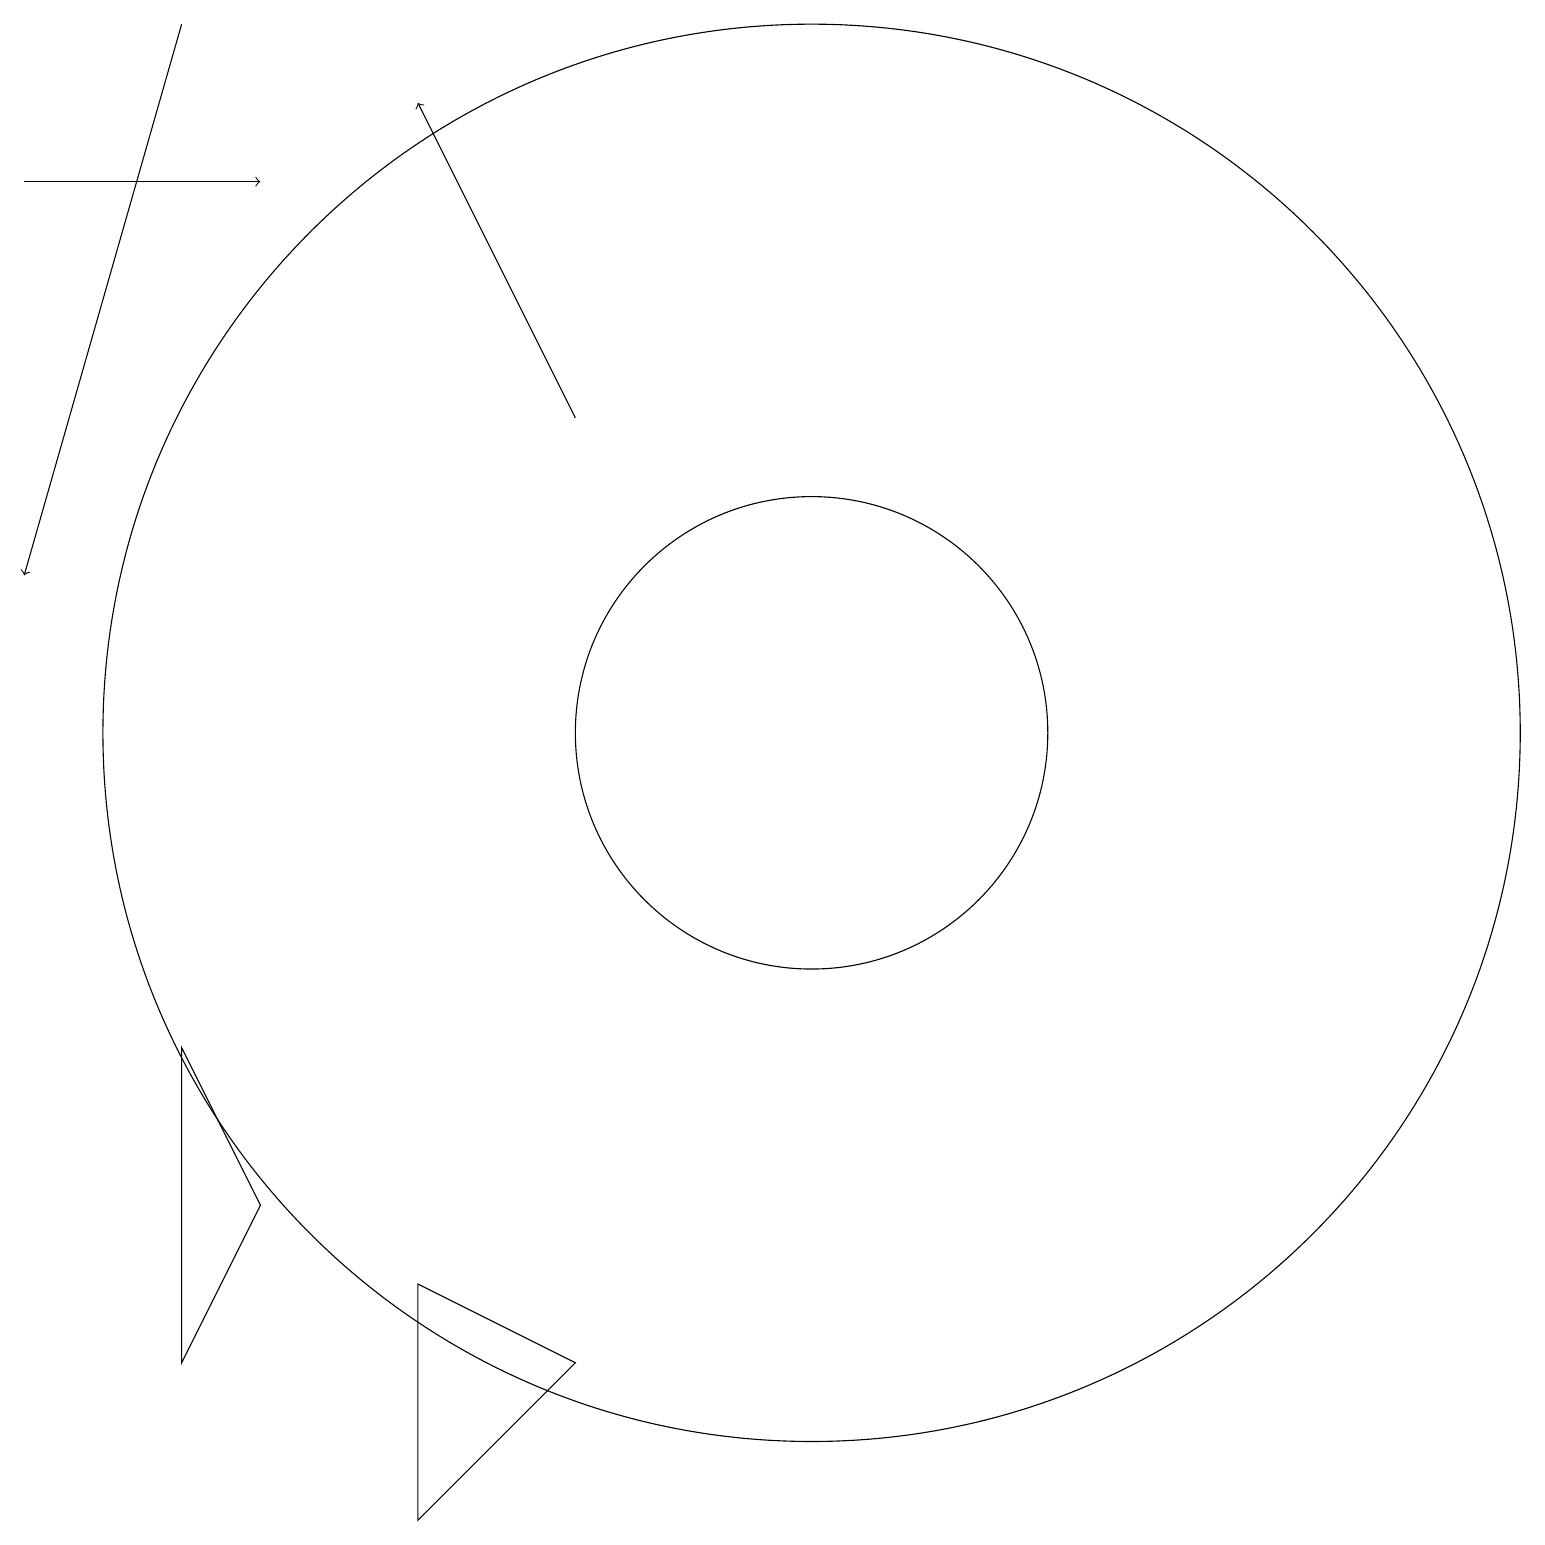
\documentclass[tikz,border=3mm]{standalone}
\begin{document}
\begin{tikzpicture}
\draw (10,10) circle (9);
\draw (3,4) -- (2,2) -- (2,6) -- cycle;
\draw[->] (0,17) -- (3,17);
\draw[->] (2,19) -- (0,12);
\draw (5,0) -- (7,2) -- (5,3) -- cycle;
\draw[->] (7,14) -- (5,18);
\draw (10,10) circle (3);
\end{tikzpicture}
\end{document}